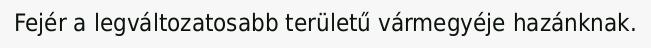
Fejér a legváltozatosabb területű vármegyéje hazánknak.